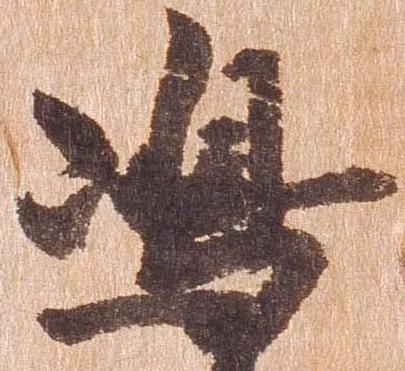
島